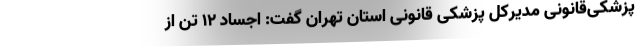
پزشکی‌قانونی مدیرکل پزشکی قانونی استان تهران گفت: اجساد ۱۲ تن از